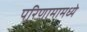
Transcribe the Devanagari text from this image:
परिणामामध्ये